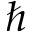
\hbar